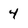
Character: 4